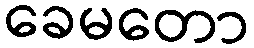
ခေမတော